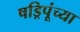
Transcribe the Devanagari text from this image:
षड्रिपूंच्या